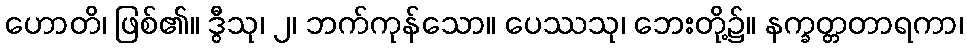
ဟောတိ၊ ဖြစ်၏။ ဒွီသု၊ ၂၊ ဘက်ကုန်သော။ ပေဿသု၊ ဘေးတို့၌။ နက္ခတ္တတာရကာ၊